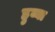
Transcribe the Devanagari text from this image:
हुय्या